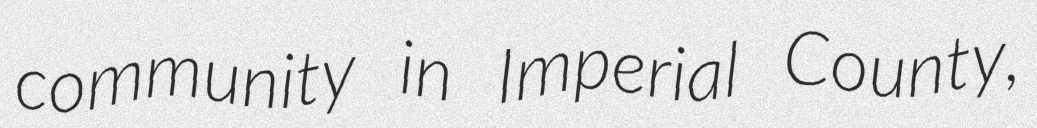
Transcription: community in Imperial County,